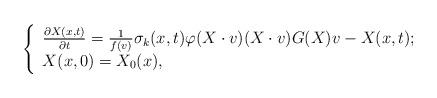
LaTeX: \begin{align*}\left\{\begin{array}{lr}\frac{\partial X(x,t)}{\partial t}=\frac{1}{f(v)}\sigma_{k}(x,t)\varphi(X\cdot v)(X\cdot v)G(X)v-X(x,t); \\X(x,0)=X_{0}(x),\end{array}\right.\end{align*}